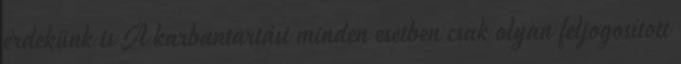
érdekünk is A karbantartást minden esetben csak olyan feljogosított